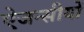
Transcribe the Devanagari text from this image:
ऐजन्सीयों